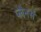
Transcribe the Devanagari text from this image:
प्लैनर्स